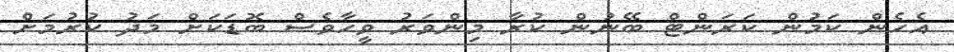
އެހެން ކަމުން ކަރަންޓް ބޭނުން ކުރާ މިންވަރު ވީހާވެސް ބޮޑަކަށް މަދު ކުރުމަށް